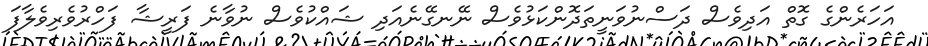
އަހަރެންގެ ގޮތް އަދިވެސް ދަސްނުވަނީތަދޮންކަޅުވެސް ނޭނގޭނެއަދި ޝައްކުވެސް ނުވާނެ ފަރީޝާ ފަހްރުވެރިވެލާފަ